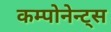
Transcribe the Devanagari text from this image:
कम्पोनेन्ट्स